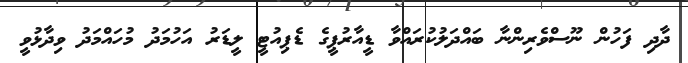
ދާދި ފަހުން ނޫސްވެރިންނާ ބައްދަލުކުރައްވާ ޑީއާރުޕީގެ ޑެޕިއުޓީ ލީޑަރު އަހުމަދު މުހައްމަދު ވިދާޅުވީ